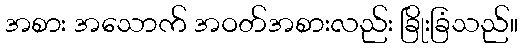
အစား အသောက် အဝတ်အစားလည်း ခြိုးခြံသည်။